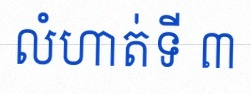
លំហាត់ទី ៣